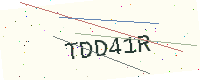
Text: TDD41R